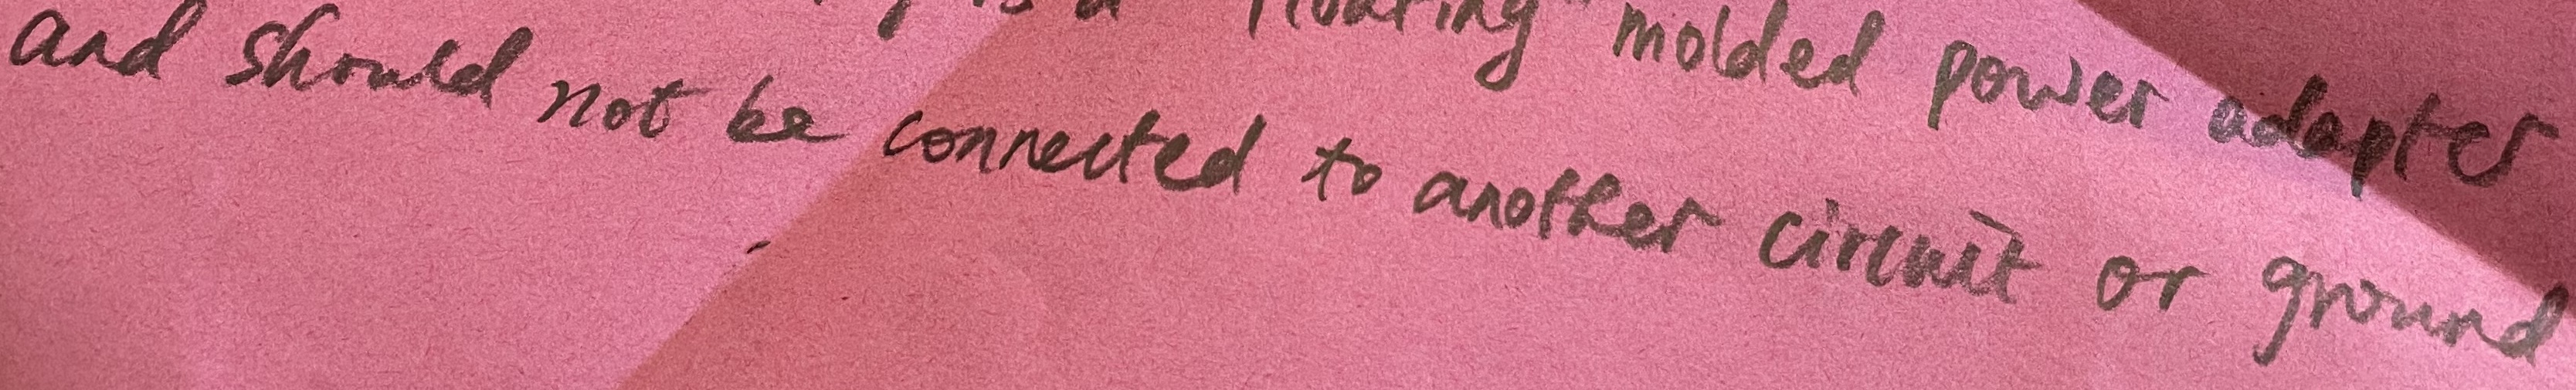
Text: and should not be connected to another circuit or ground